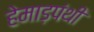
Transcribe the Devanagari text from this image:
हेमाड़पंथी